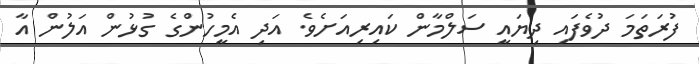
ފުރަތަމަ ދުވެފައި ދިޔައީ ސަލްމާން ކައިރިއަށެވެ. އަދި އެމީހުންގެ ގުޅުން އަލުން އާ